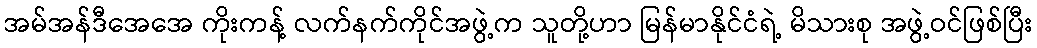
အမ်အန်ဒီအေအေ ကိုးကန့် လက်နက်ကိုင်အဖွဲ့က သူတို့ဟာ မြန်မာနိုင်ငံရဲ့ မိသားစု အဖွဲ့ဝင်ဖြစ်ပြီး